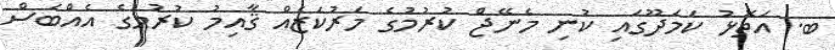
ބ. އަތޮޅު ކަމަދޫގައި ކުނި މެނޭޖް ކުރުމުގެ މަރުކަޒެއް ޤާއިމު ކުރުމުގެ އެއްބަސް